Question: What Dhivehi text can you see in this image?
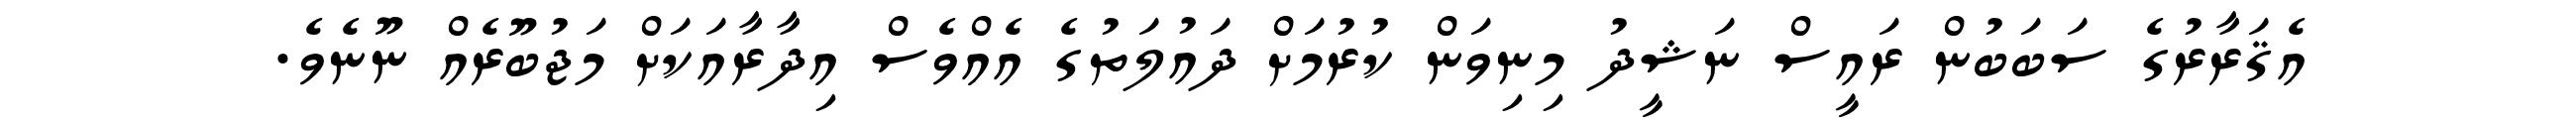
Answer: އެޤަރާރުގެ ސަބަބުން ރައީސް ނަޝީދު މިނިވަން ކުރުމަށް ދައުލަތުގެ އެއްވެސް އިދާރާއަކަށް މަޖުބޫރެއް ނޫނެވެ.